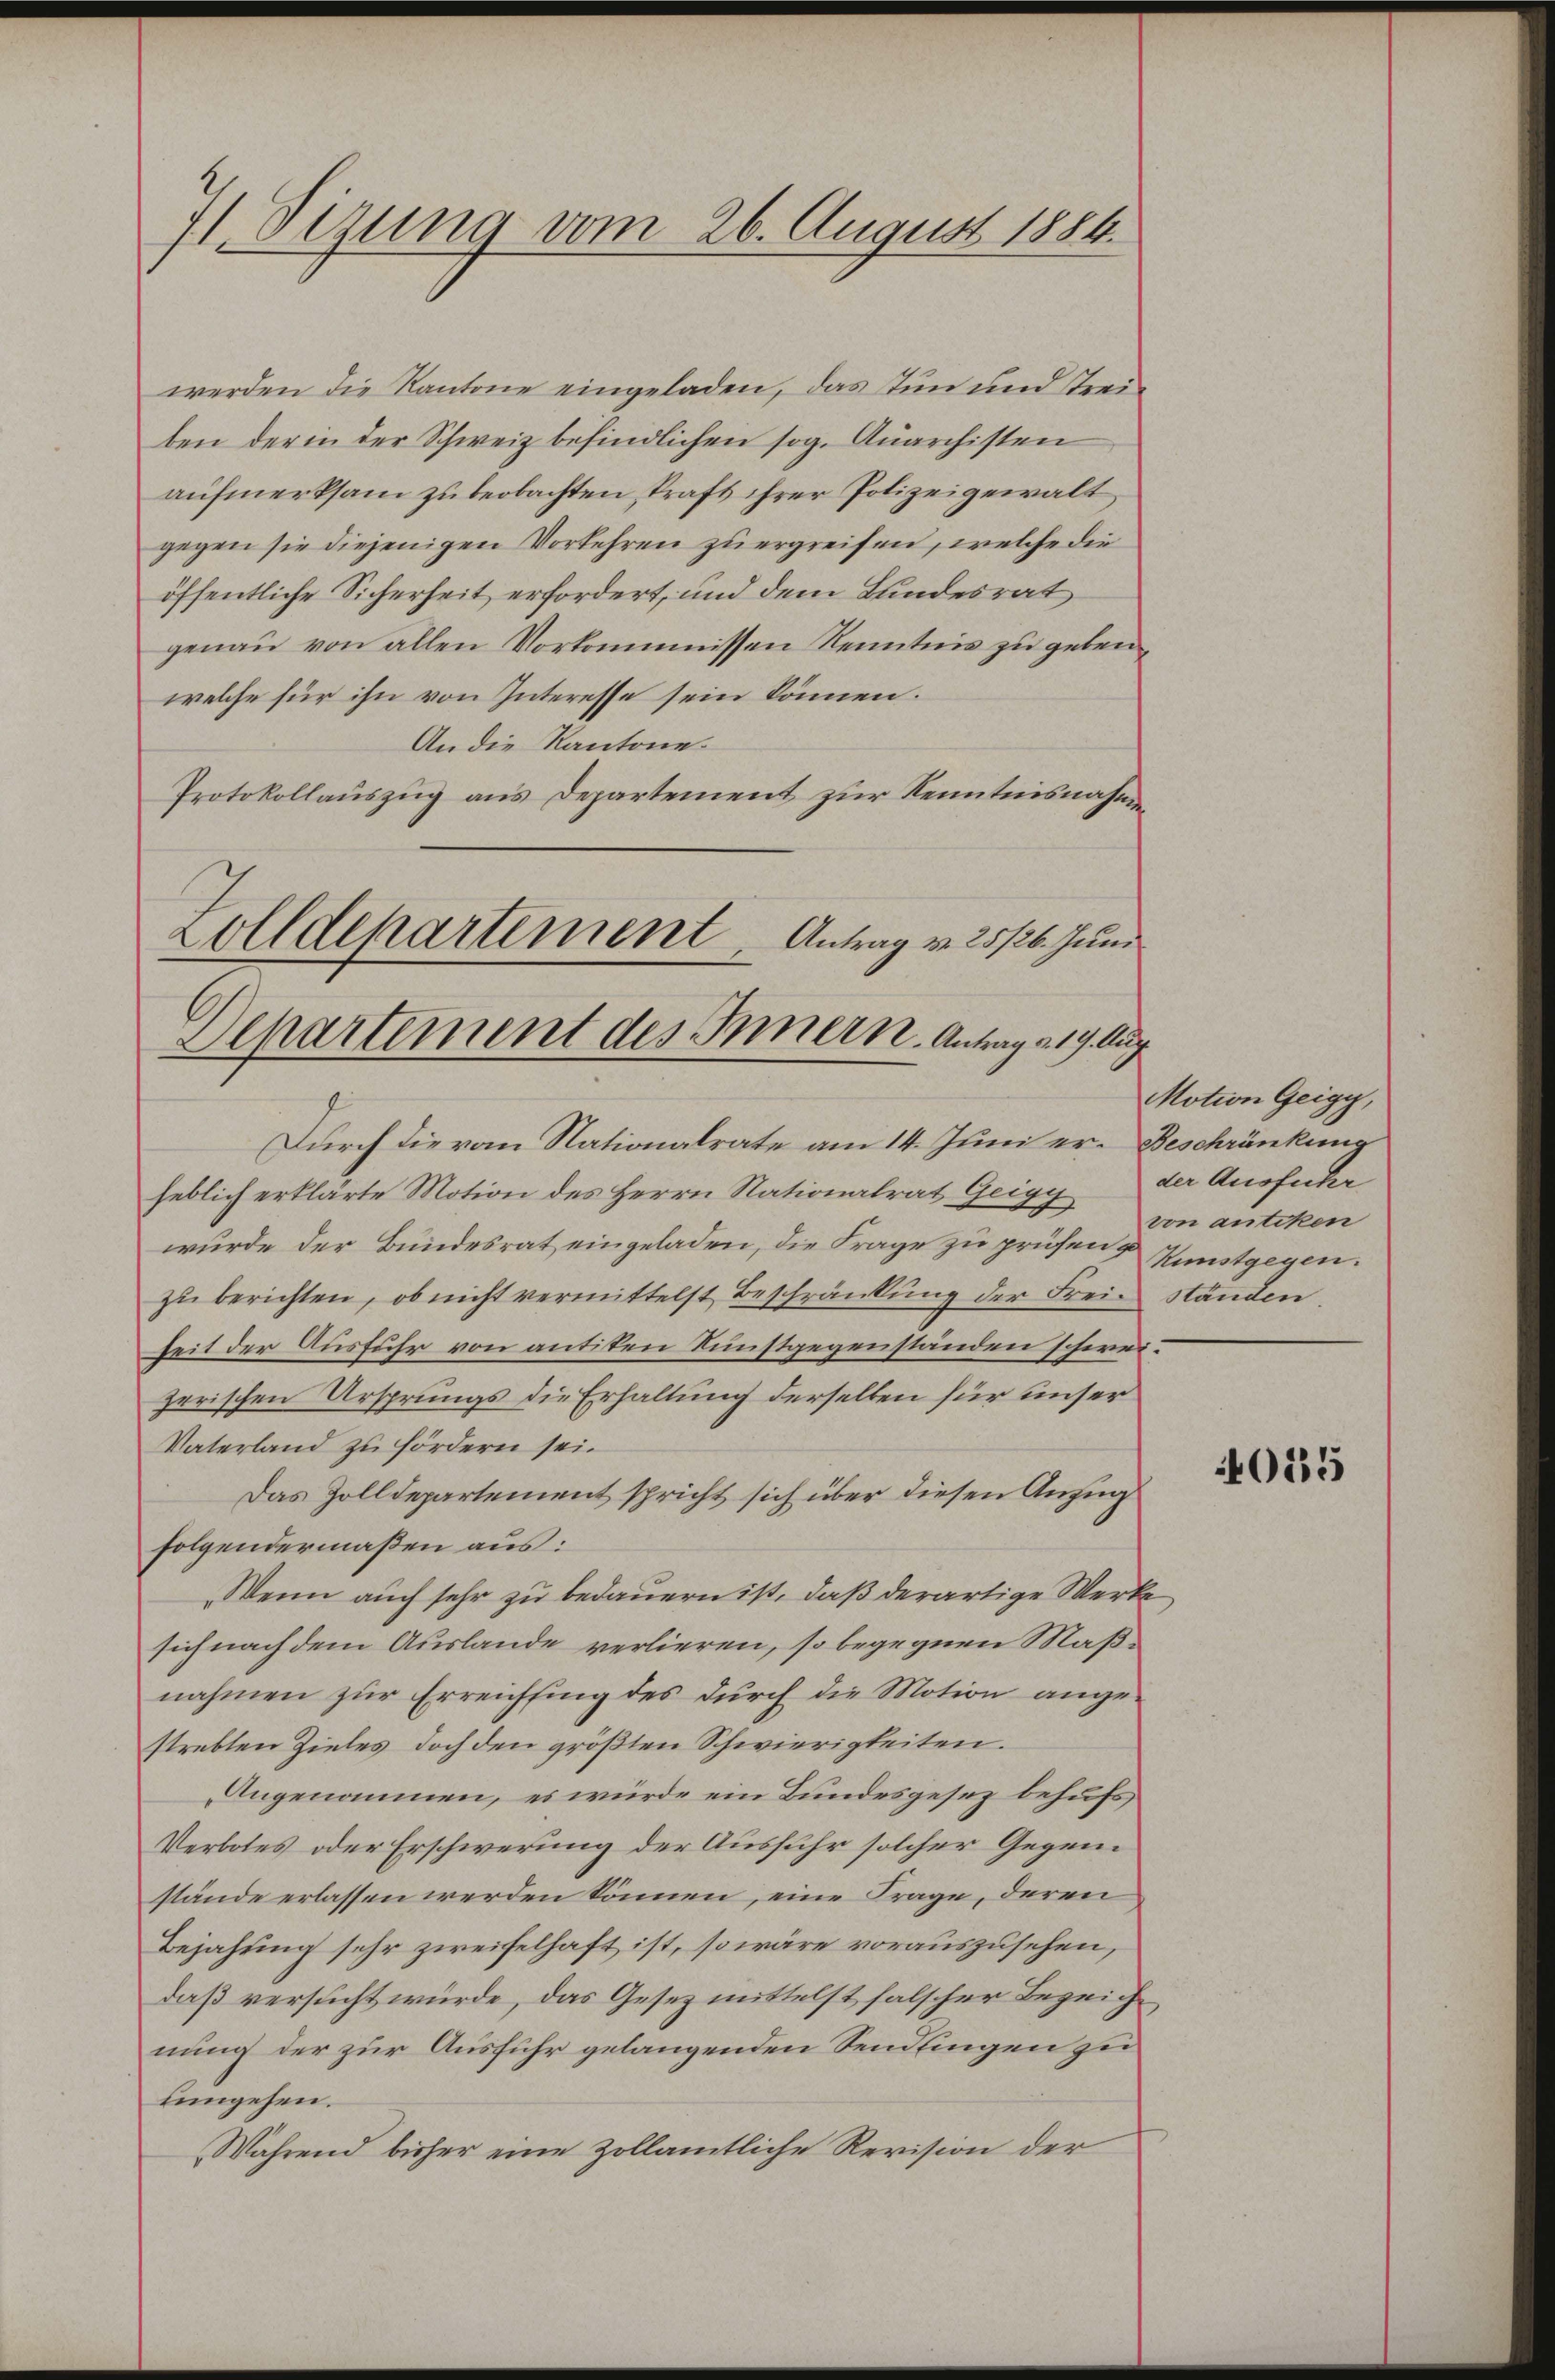
71. Sizung vom 26. August 1886.

werden die Kantone eingeladen, das Tun und Trei-
ben der in der Schweiz befindlichen sog. Quarchisten
aufmerksam zu beobachten kraft ihrer Polizeigewalt
gegen sie diejenigen Vorkehren zu ergreifen, welche die
öffentliche Sicherheit erfordert, und dem Bundesrat
genau von allen Vorkommnissen Kenntnis zu geben.
welche für ihn von Interesse sein können.
An die Kantone
Protokollauszug aus Departement zur Kenntnisnahmen
Zolldepartement Antrag v. 25/26. Juni
Departement des Innern. Antrag 219. Aug.

Durch die vom Nationalrate am 14. Juni er- Beschränkung
heblich erklärte Motion des Herrn Nationalrat Geigy
wurde der Bundesrat eingeladen, die Frage zu prüfen & Kunstgegen.
zŭ berichten, ob nicht vermittelst Beschränkung der Frei- ständen
heit der Ausfuhr von antiken Kunstgegenständen schweizerischen Ursprungs die Erhaltung derselben für unser
Vaterland zu fördern sei.
Das Zolldepartement spricht sich über diesen Anzug
folgendermaßen aus:
Wenn auch sehr zu bedauern ist, daß derartige Werke
sich nach dem Auslande verlieren, so begegnen Maßnahmen zur Erreichfing des durch die Motion angestrebten Zieles doch den größten Schwierigkeiten.
Angenommen, es würde ein Bundesgesez behufs
Verbotes oder Erschwerung der Ausfuhr solcher Gegenstände erlassen werden können, eine Frage, deren
Bejahung sehr zweifelhaft ist, so wäre vorauszusehen,
daß versucht würde, das Gesetz mittelst falscher Bezeichnung der zur Ausführ gelangenden Sendlingen zu
Eingehen.
Während bisher eine zollamtliche Revision der

Motion Geigy,
der Ausführ
von antiken

015